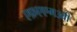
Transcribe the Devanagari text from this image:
एफ़एएम३बी